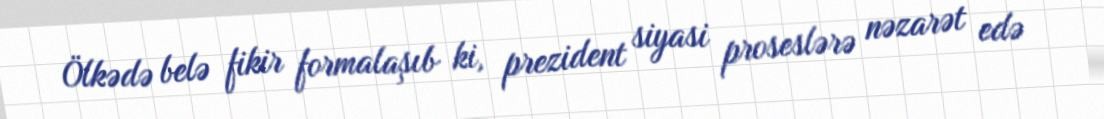
Ölkədə belə fikir formalaşıb ki, prezident siyasi proseslərə nəzarət edə